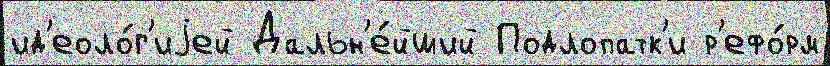
ид'еоло́г'иjей Дальн'е́йший Подлопатк'и р'ефо́рм